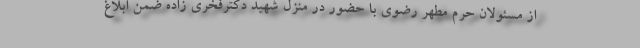
از مسئولان حرم مطهر رضوی با حضور در منزل شهید دکترفخری زاده ضمن ابلاغ